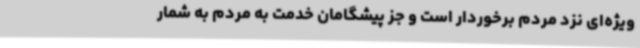
ویژه‌ای نزد مردم برخوردار است و جز پیشگامان خدمت به مردم به شمار